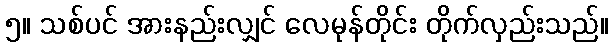
၅။ သစ်ပင် အားနည်းလျှင် လေမုန်တိုင်း တိုက်လှည်းသည်။